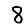
Digit: 8